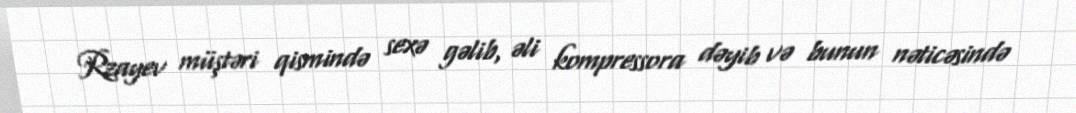
Rzayev müştəri qismində sexə gəlib, əli kompressora dəyib və bunun nəticəsində